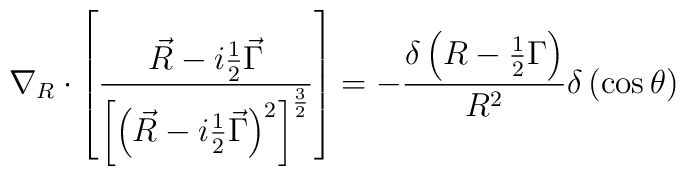
\nabla _R\cdot \left[ \frac{\vec R-i\frac 12\vec \Gamma }{\left[ \left( \vec R-i\frac 12\vec \Gamma \right) ^2\right] ^{\frac 32}}\right] =-\frac{\delta \left( R-\frac 12\Gamma \right) }{R^2}\delta \left(\cos \theta \right)